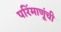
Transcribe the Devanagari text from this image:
परिंमाणूंची